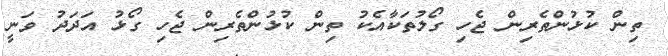
ތިން ކުޅުންތެރިން ޖެހި ގޯލުތަކާއެކު ތިން ކުޅުންތެރިން ޖެހި ގޯޅު އަދަދު ވަނީ